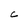
Character: C